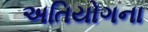
અતિયોગના